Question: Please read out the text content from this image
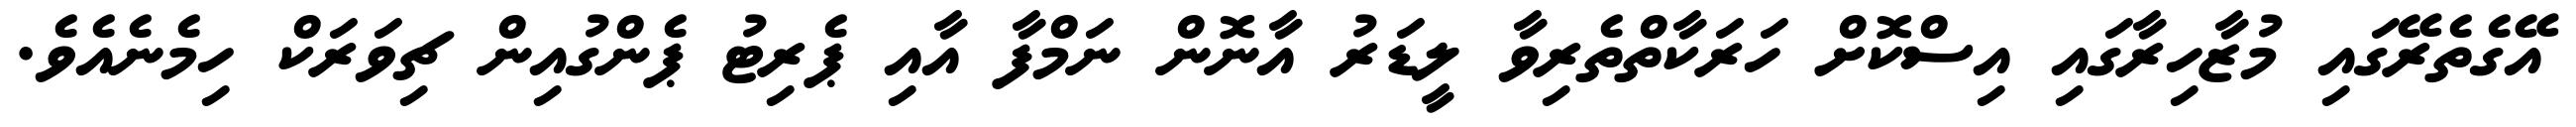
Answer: އޭގެތެރޭގައި މުޒާހިރާގައި އިސްކޮށް ހަރަކާތްތެރިވާ ލީޑަރު އާނޮން ނަމްފާ އާއި ޕެރިޓު ޕެންގުއިން ޗިވަރަކް ހިމެނެއެވެ.